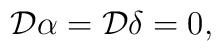
{\cal D}\alpha={\cal D}\delta=0,